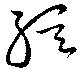
弦